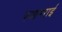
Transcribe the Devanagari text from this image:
पआभराई